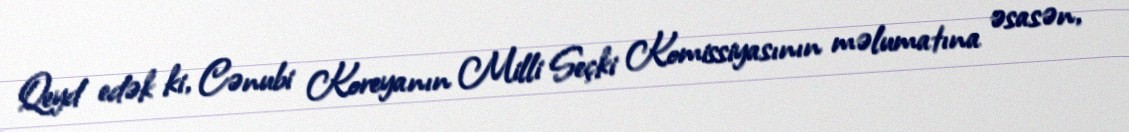
Qeyd edək ki, Cənubi Koreyanın Milli Seçki Komissiyasının məlumatına əsasən,